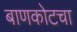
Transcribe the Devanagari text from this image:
बाणकोटचा